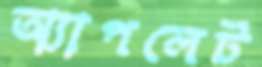
অ্যাপলেট